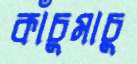
কাঁচুমাচু